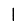
Digit: 1